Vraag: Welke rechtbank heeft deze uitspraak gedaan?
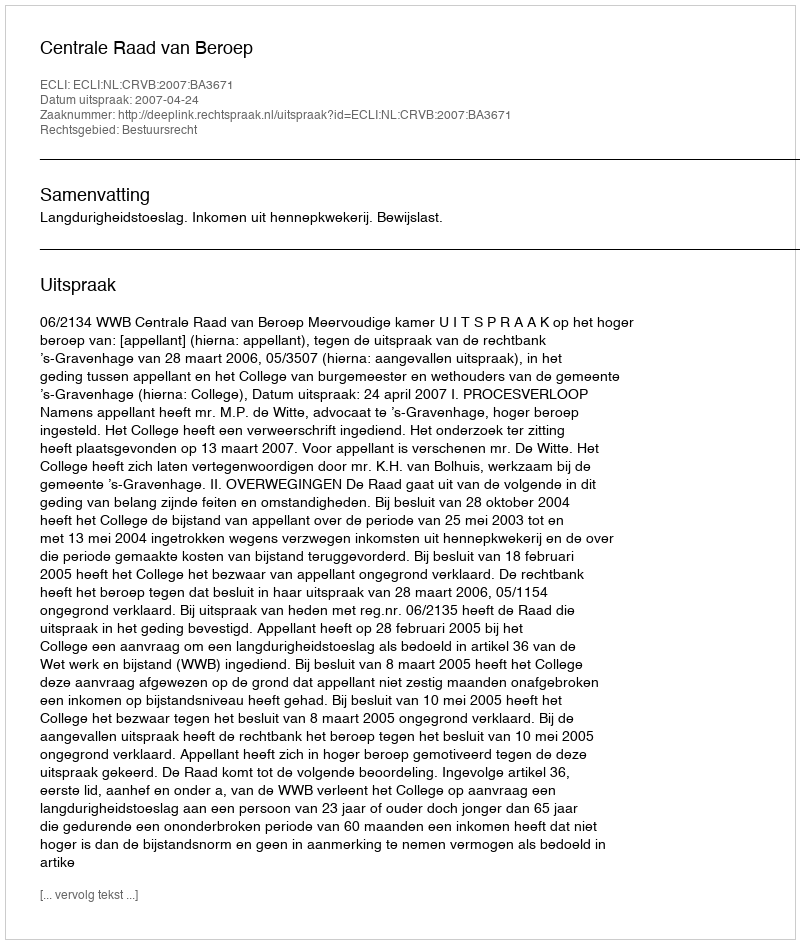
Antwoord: Centrale Raad van Beroep